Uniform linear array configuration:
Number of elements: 64
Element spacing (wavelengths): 0.25
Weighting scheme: cosine
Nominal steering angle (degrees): -30
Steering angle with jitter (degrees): -28.902
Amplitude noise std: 0.05
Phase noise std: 0.05

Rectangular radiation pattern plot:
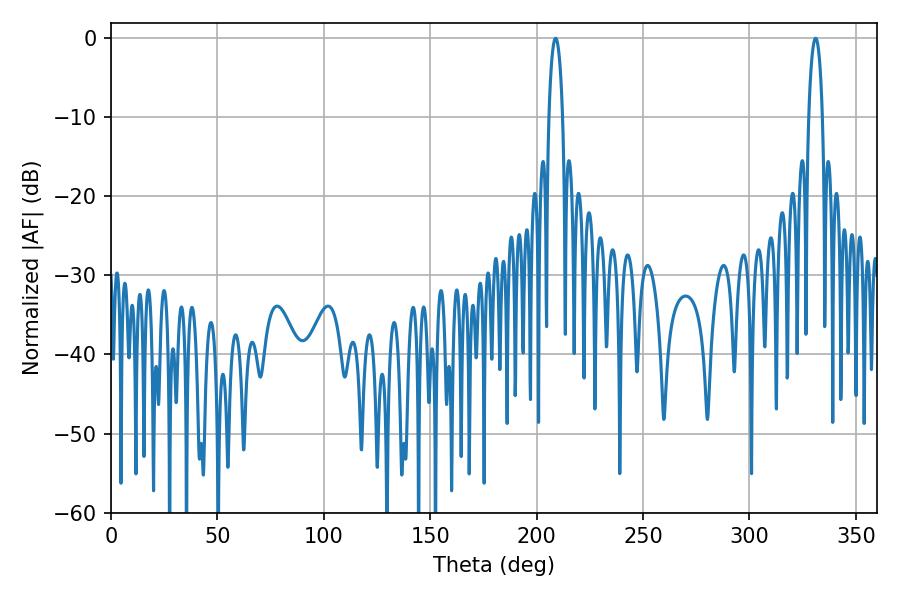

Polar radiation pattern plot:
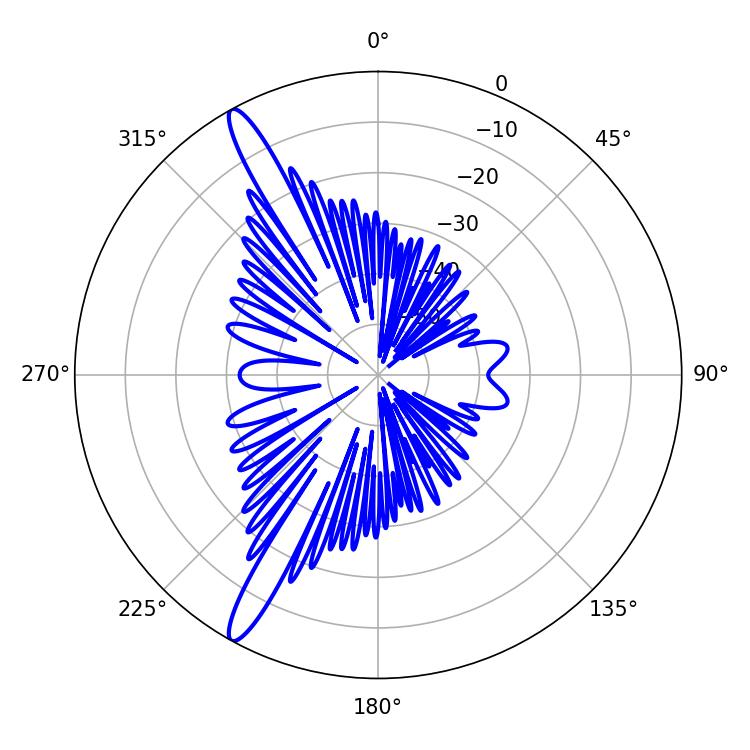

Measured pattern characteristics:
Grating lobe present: FALSE
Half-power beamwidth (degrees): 3.6
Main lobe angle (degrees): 208.98